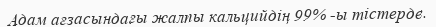
Адам ағзасындағы жалпы кальцийдің 99% -ы тістерде.